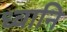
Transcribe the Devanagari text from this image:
ध्वानि